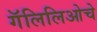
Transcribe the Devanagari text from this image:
गॅलिलिओचे